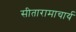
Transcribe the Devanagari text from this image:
सीतारामाचार्य